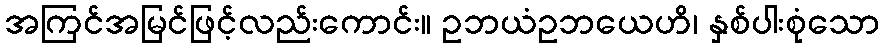
အကြင်အမြင်ဖြင့်လည်းကောင်း။ ဥဘယံဥဘယေဟိ၊ နှစ်ပါးစုံသော